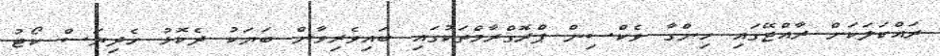
ރައްކަލަކަށް ރާއްޖޭގައި ހިންގާ ވެކްސިން ޕްރޮގްރާމްތަކުގައި ބައިވެރިވާން ބަޔަކު ދެކޮޅު ހެދިޔަސް ކޯޓު